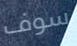
سوف